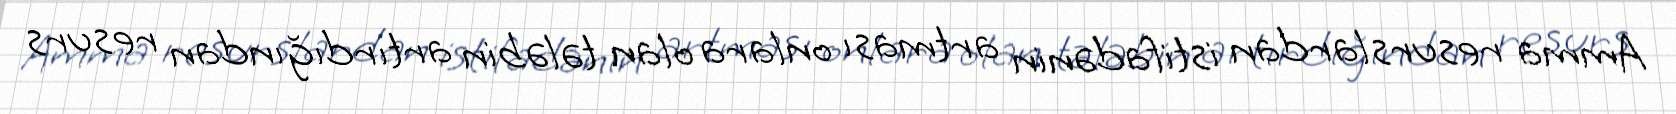
Amma resurslardan istifadənin artması onlara olan tələbin artırdığından resurs